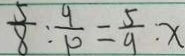
\frac { 5 } { 8 } : \frac { 9 } { 1 0 } = \frac { 5 } { 9 } : x